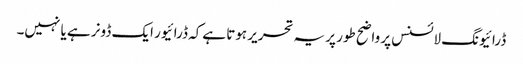
ڈرائیونگ لائسنس پر واضح طور پر یہ تحریر ہوتا ہےکہ ڈرائیور ایک ڈونر ہے یا نہیں۔